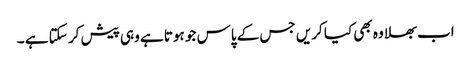
اب بھلا وہ بھی کیا کریں جس کے پاس جو ہوتا ہے وہی پیش کر سکتا ہے ۔